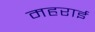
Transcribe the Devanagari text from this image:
महराई